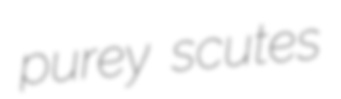
purey scutes